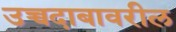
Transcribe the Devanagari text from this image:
उच्चदाबावरील